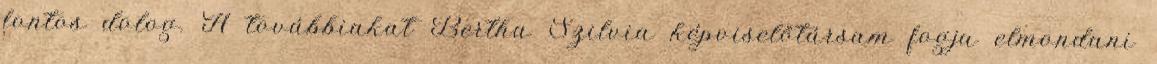
fontos dolog. A továbbiakat Bertha Szilvia képviselőtársam fogja elmondani